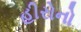
હીરોનો